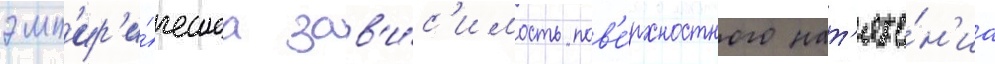
эмп'ир'и́ческаа зав'и́с'имость пов'е́рхностного нат'яже́н'иа